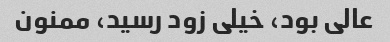
عالی بود، خیلی زود رسید، ممنون